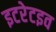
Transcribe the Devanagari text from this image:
इटरेटइव